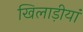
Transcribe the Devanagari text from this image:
खिलाड़ीयां